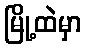
မြို့ထဲမှာ